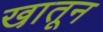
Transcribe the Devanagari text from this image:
खा़तून